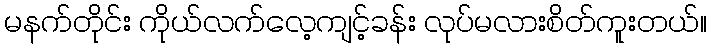
မနက်တိုင်း ကိုယ်လက်လေ့ကျင့်ခန်း လုပ်မလားစိတ်ကူးတယ်။